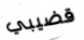
قضيبي